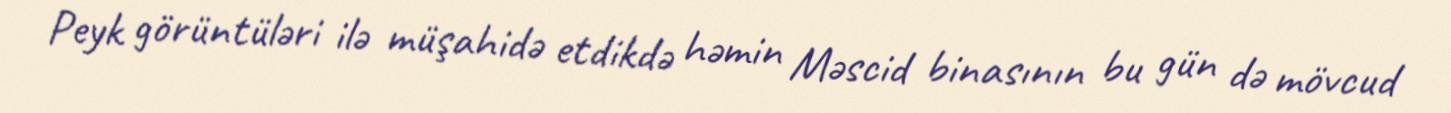
Peyk görüntüləri ilə müşahidə etdikdə həmin Məscid binasının bu gün də mövcud